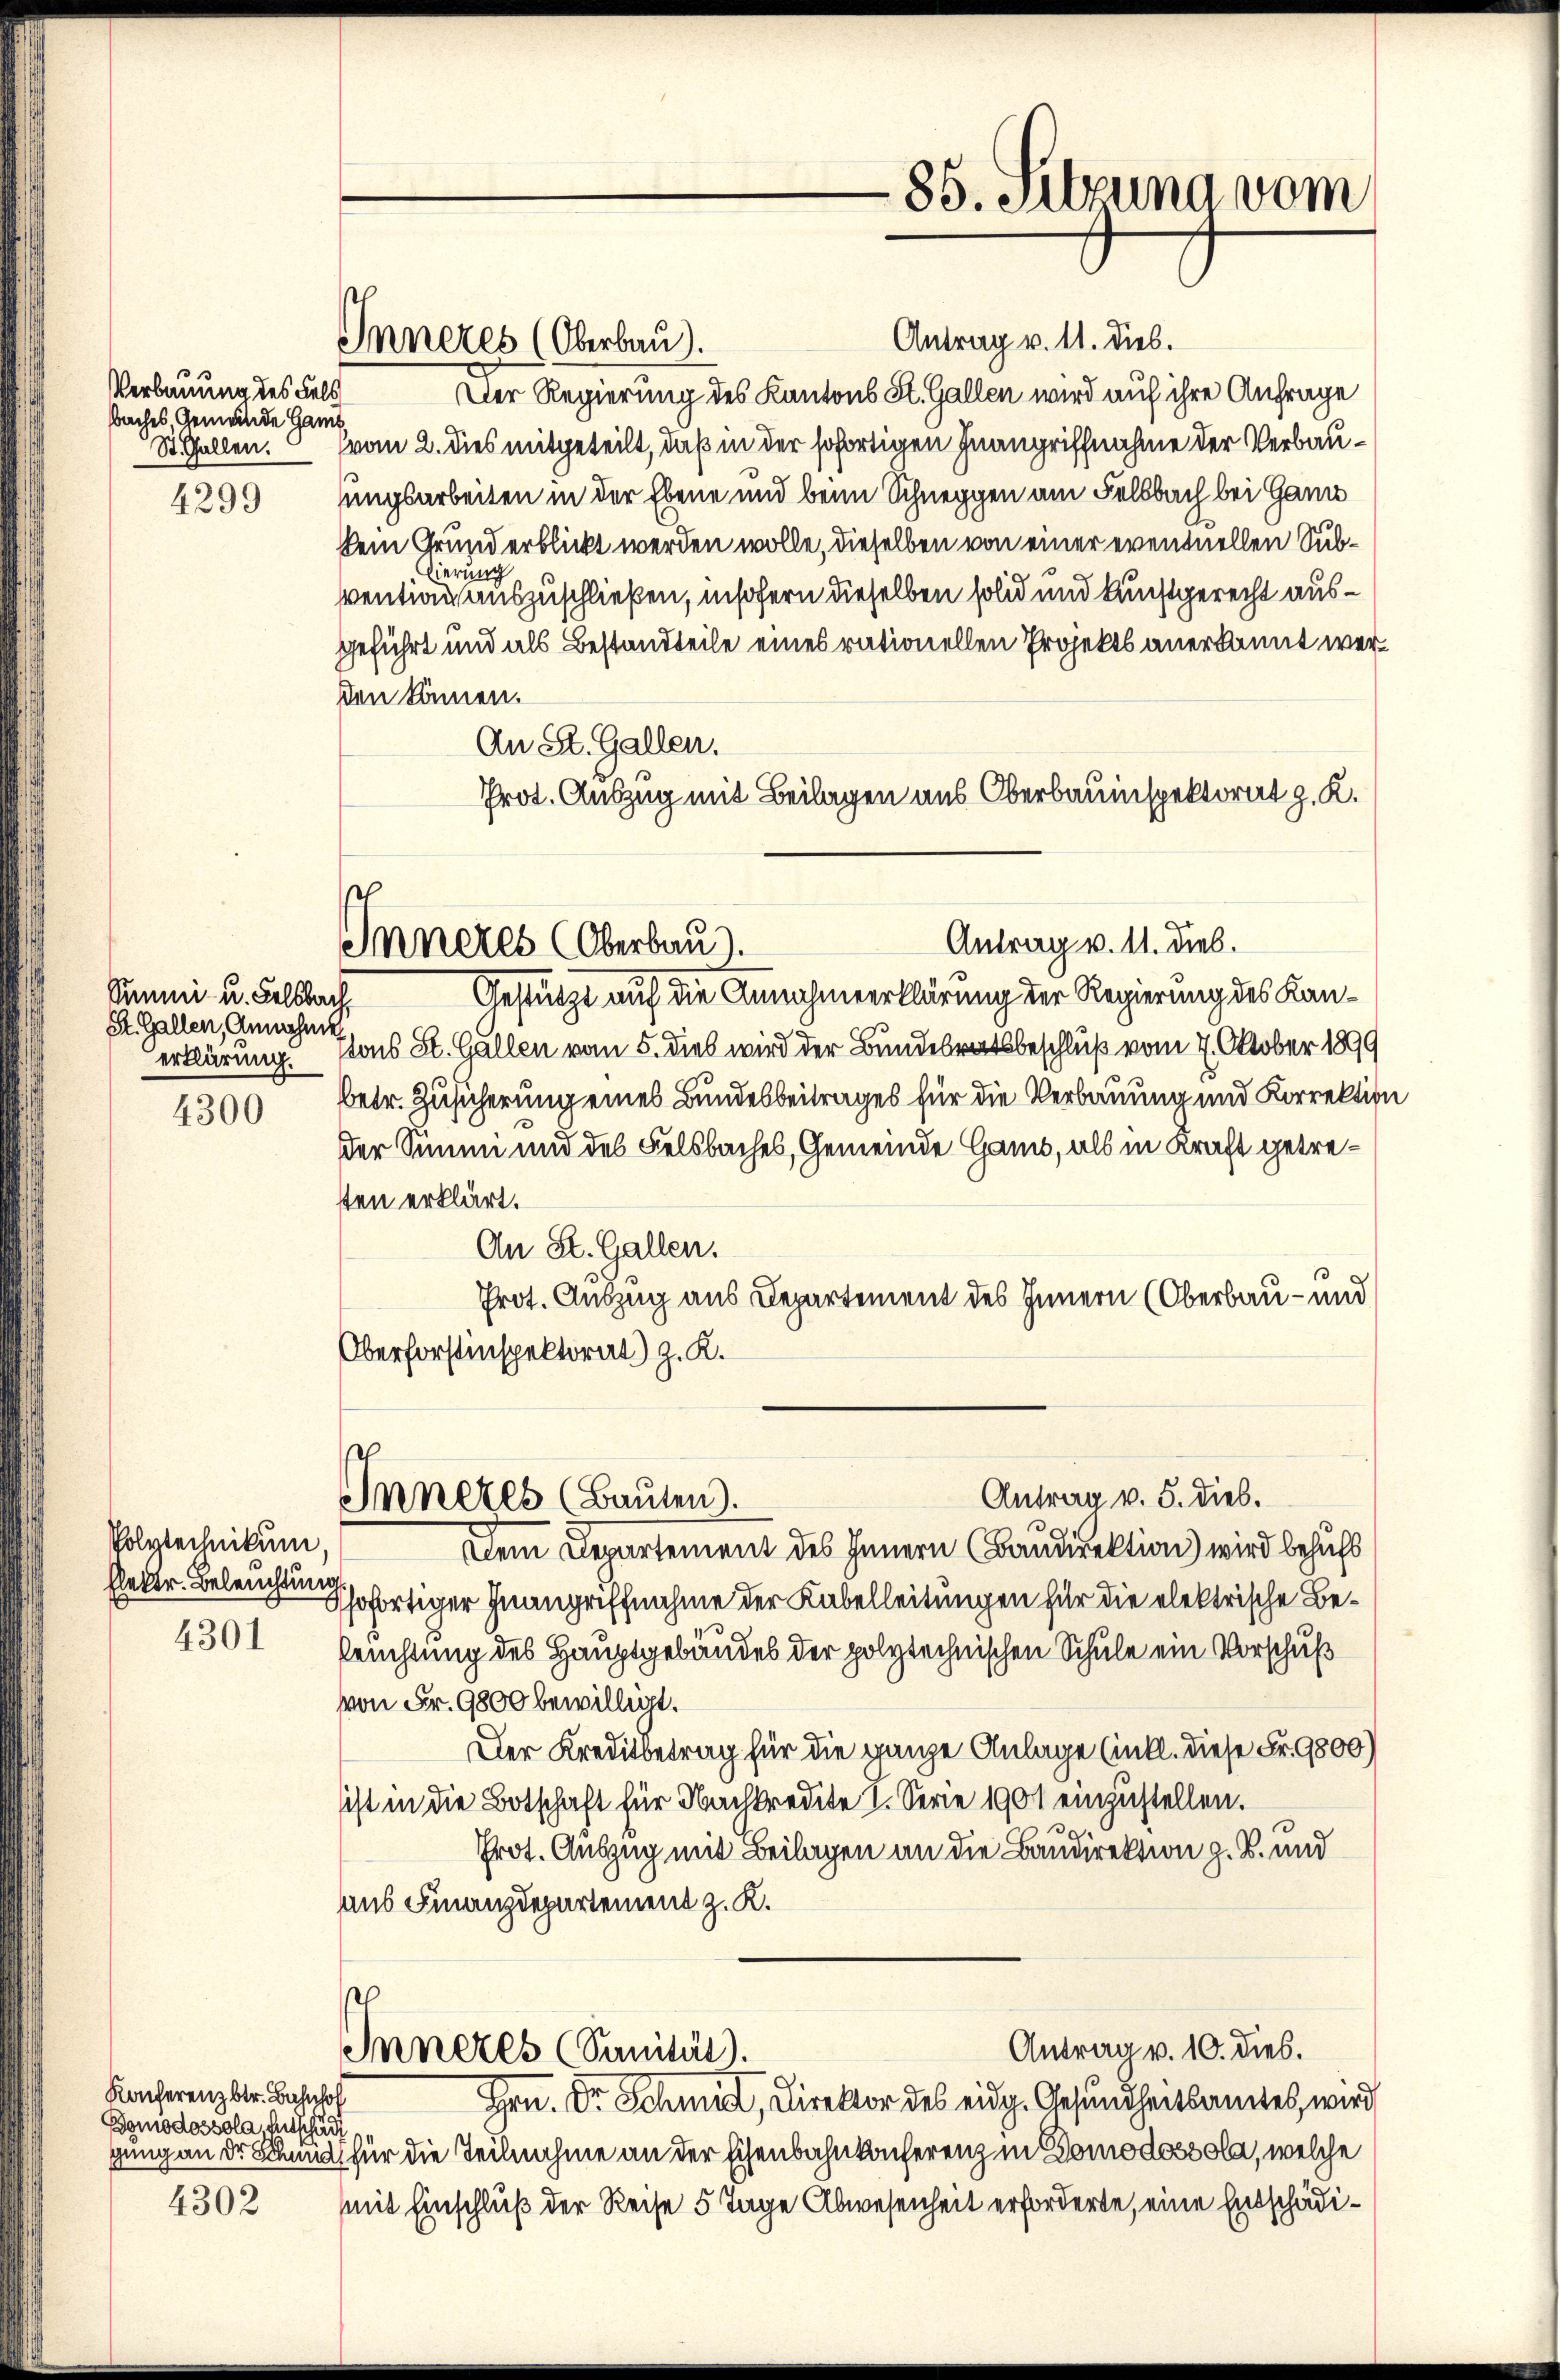
Verbauung des Fels
baches, Gemeinde Gant¬

4299

Summi u. Feldbach
St. Gallen, Annahme

4300

Polytechnikum,
Elektr. Beleuchtung

4301

4302

Konferenzbetr. Bahnhof
Bomodossola. Entschäd
gung an der Schmuc

Antrag v. 11. Dieb.
Der Regierung des Kantons St. Gallen wird auf ihre Anfrage
St. Gallen. (vom 2. dies mitgeteilt, daß in der sofortigen Inangriffnahme der Verbauungsarbeiten in der Ebene und beim Schneppen am Fellbach bei Ganz
kein Grund erblickt werden wolle, dieselben von einer eventuellen Subgierung
ventian auszuschließen, insofern dieselben solid und kunftgerecht ausgeführt und als Bestandteile eines rationellen Projekts anerkannt werden können.
An St. Gallen.
Prot. Auszug mit Beilagen aus Oberbauinspektorat z. K.

Inneres (Oberbau).

Inneres Oberbau).

Inneres (Bauten).

85. Sitzung vom

Gestütze auf die Annahmeerklärung der Regierung des Kanerklärung. sons St. Gallen vom 5. dies wird der Bundesratsbeschluß vom 7. Oktober 1899
betr. Zusicherung eines Bundesbeitrages für die Verbauung und Korrektider Summi und des Felsbaches, Gemeinde Haus, als in Kraft getresten erklärt.
An St. Gallen.
Prot. Auszug aus Departement des Innern (Oberbau- und
Oberforstinspektorat) z. K.
Dem Departement des Innern (Baudirektion) wird behufs
ssofortiger Inangriffnahme der Kabelleitungen für die elektrische Beleuchtung des Hauptgebäudes der polytechnischen Schule ein Vorschuß
von Fr. 9800 bewilligt.
Der Kreditbetrag für die ganze Anlage (intl. diese Fr. 9800)
ist in die Botschaft für Nachkredite 2. Serie 1901 einzustellen.
Prot. Auszug mit Beilagen an die Baudirektion z. B. und
aus Finanzdepartement z. K.
Antrag v. 10. dies.
Inneres (Sanität).
Hrn. Dr Schmidt, Direktor des eidg. Gesundheitsamtes, wird
für die Teilnahme an der Eisenbahnkonferenz in Domodossola, welche
mit Einschluß der Reise 5 Tage Abwesenheit erforderte, eine Entschädi¬

Antrag v. 11. Dieb.

Antrag v. 5. Dieb.